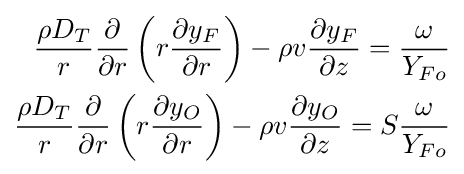
{\begin{aligned}{\frac {\rho D_{T}}{r}}{\frac {\partial }{\partial r}}\left(r{\frac {\partial y_{F}}{\partial r}}\right)-\rho v{\frac {\partial y_{F}}{\partial z}}={\frac {\omega }{Y_{Fo}}}\\{\frac {\rho D_{T}}{r}}{\frac {\partial }{\partial r}}\left(r{\frac {\partial y_{O}}{\partial r}}\right)-\rho v{\frac {\partial y_{O}}{\partial z}}=S{\frac {\omega }{Y_{Fo}}}\\\end{aligned}}